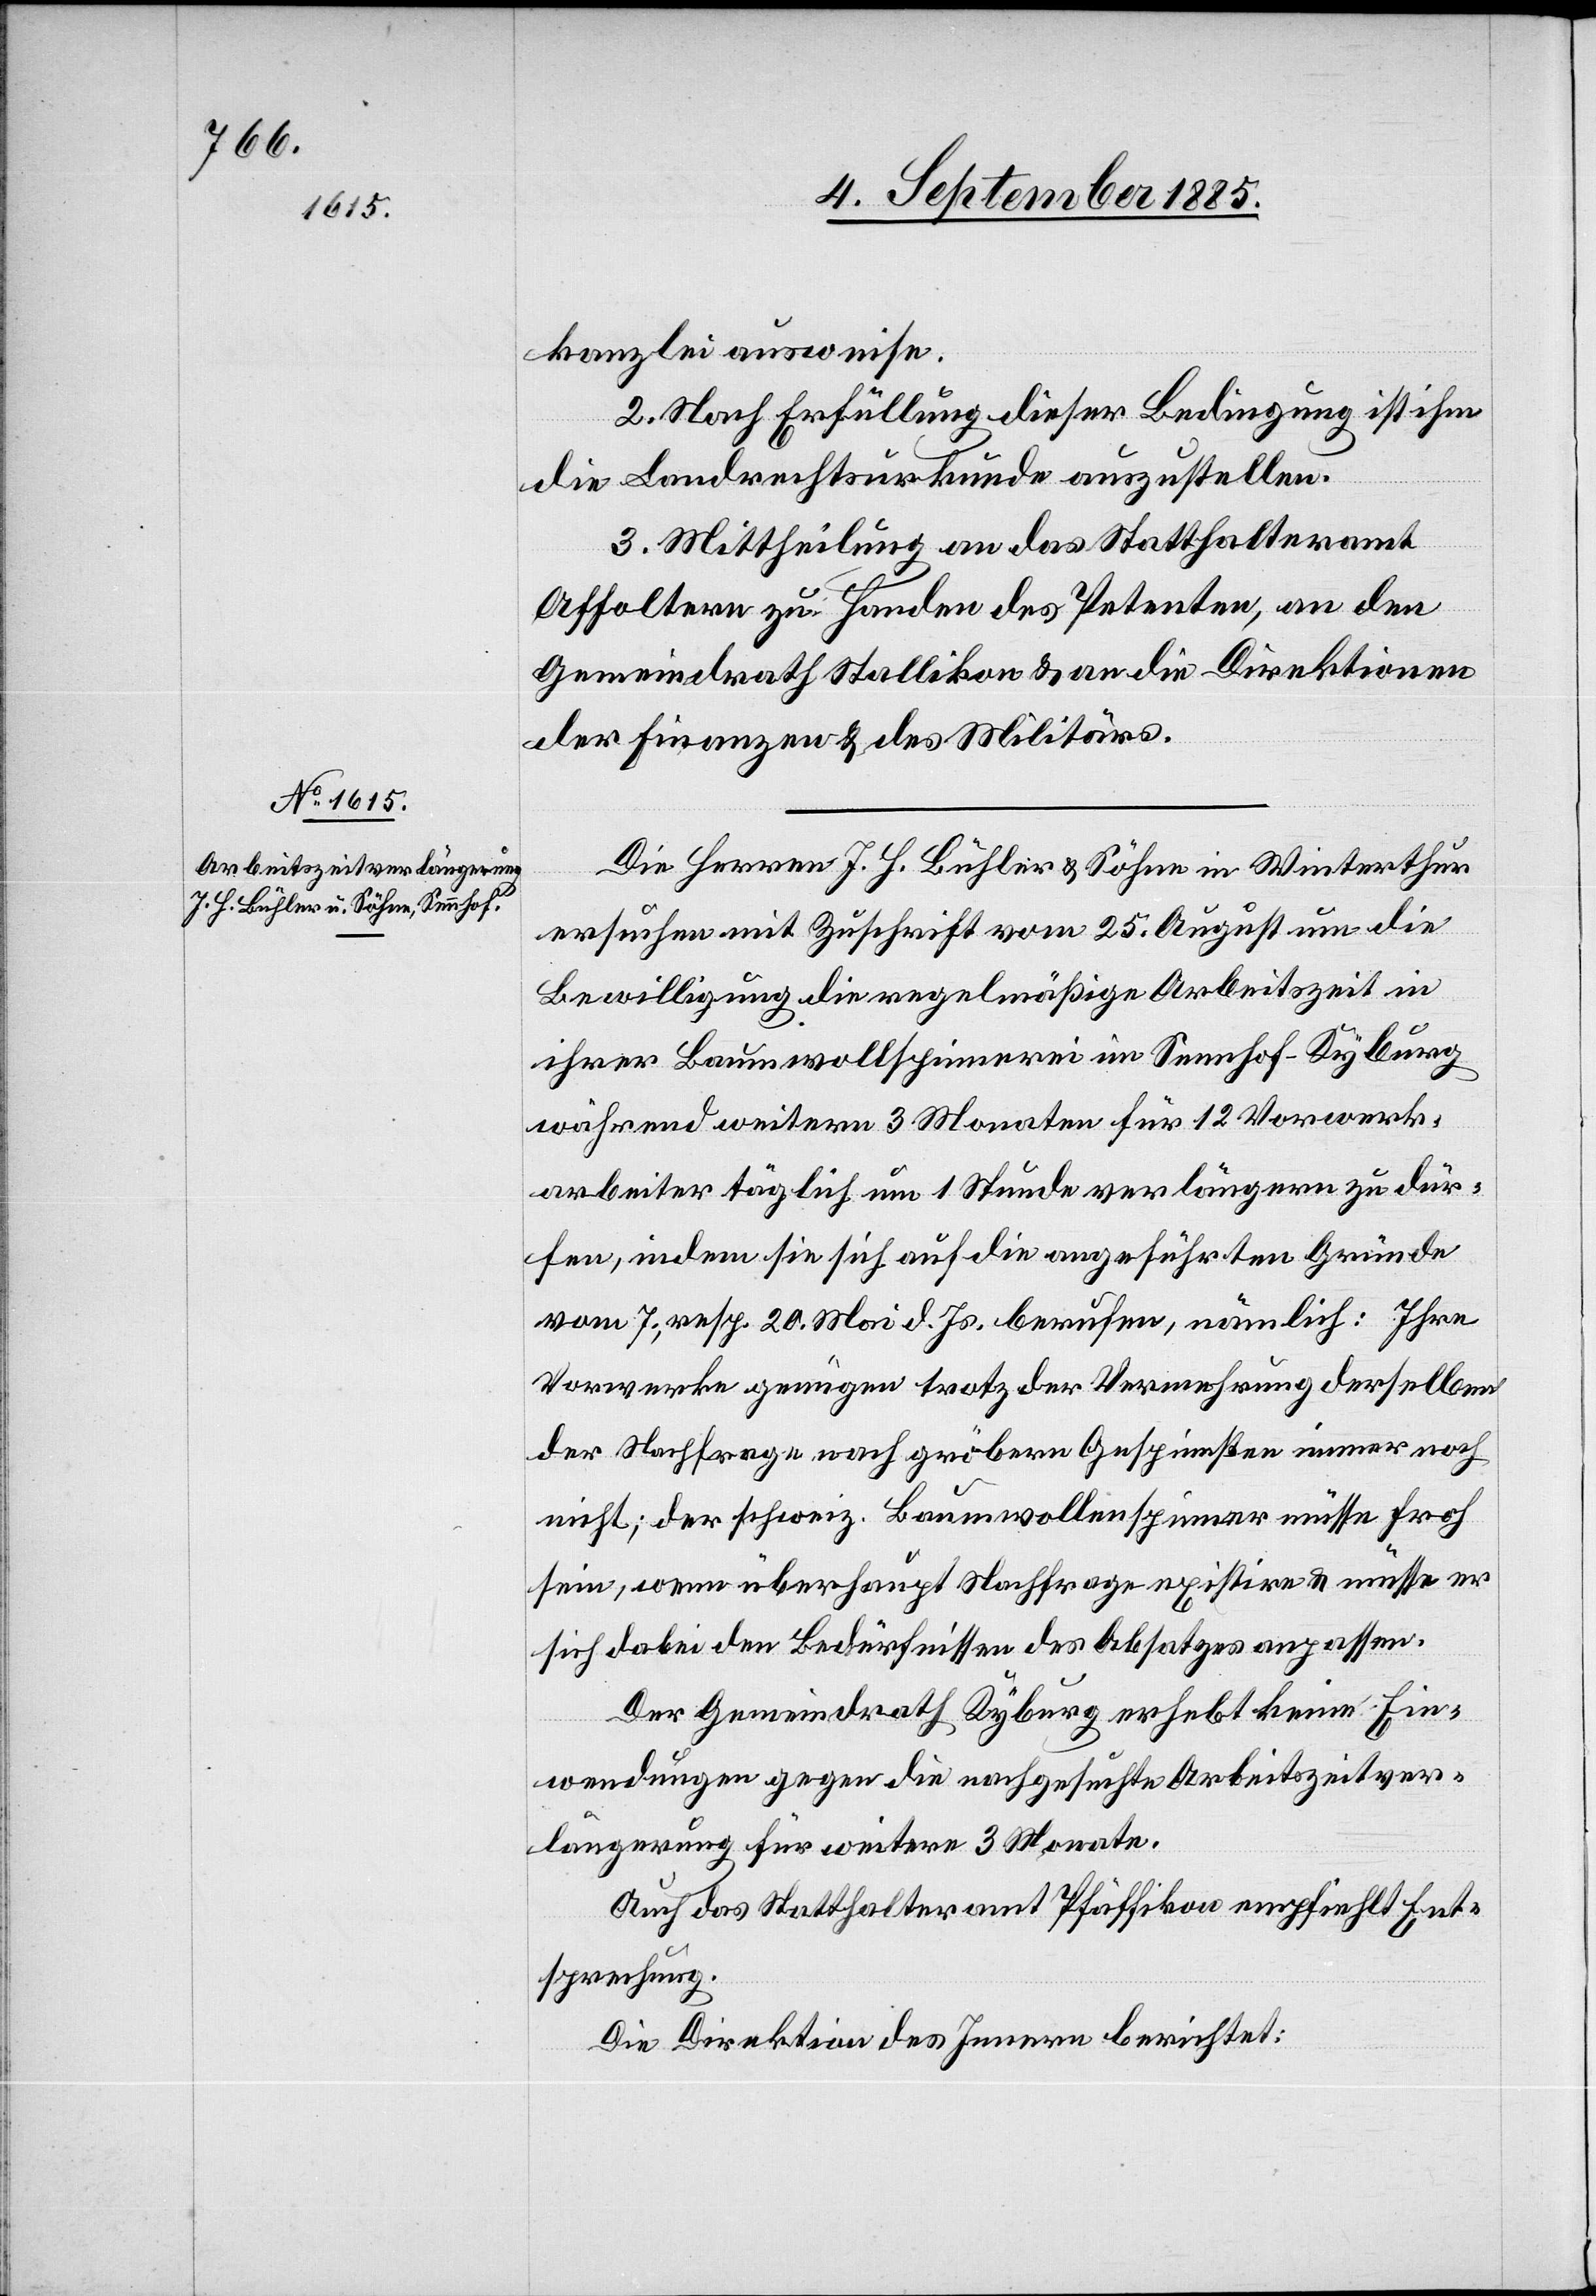
kanzlei ausweise.
2. Nach Erfüllung dieser Bedingung ist ihm
die Landrechtsurkunde auszustellen.
3. Mittheilung an das Statthalteramt
Affoltern zu Handen des Petenten, an den
Gemeindrath Stallikon & an die Direktionen
der Finanzen & des Militärs.
Die Herren J. H. Bühler & Söhne in Winterthur
ersuchen mit Zuschrift vom 25. August um die
Bewilligung die regelmäßige Arbeitszeit in
ihrer Baumwollspinnerei im Sennhof - Kyburg
während weitern 3 Monaten für 12 Vorwerk¬
arbeiter täglich um 1 Stunde verlängern zu dür¬
fen, indem sie sich auf die angeführten Gründe
vom 7., resp. 20. Mai d. Js. berufen, nämlich: Ihre
Vorwerke genügen trotz der Vermehrung derselben
der Nachfrage nach gröbern Gespinsten immer noch
nicht; der schweiz. Baumwollenspinner müsse froh
sein, wenn überhaupt Nachfrage existire & müsse er
sich dabei den Bedürfnissen des Absatzes anpassen.
Der Gemeindrath Kyburg erhebt keine Ein¬
wendungen gegen die nachgesuchte Arbeitszeitver¬
längerung für weitere 3 Monate.
Auch das Statthalteramt Pfäffikon empfiehlt Ent¬
sprechung.
Die Direktion des Innern berichtet: